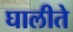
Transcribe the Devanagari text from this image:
घालीते